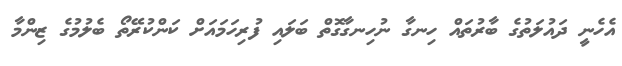
އެހެނީ ދައުލަތުގެ ބާރުތައް ހިނގާ ނުހިނގާގޮތް ބަލައި ފުރިހަމައަށް ކަންކުރޭތޯ ބެލުމުގެ ޒިންމާ